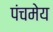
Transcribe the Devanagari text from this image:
पंचमेय